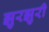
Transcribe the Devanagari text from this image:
झुरझुरी